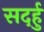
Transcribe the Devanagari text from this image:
सदर्हु